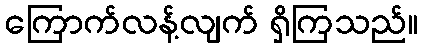
ကြောက်လန့်လျက် ရှိကြသည်။